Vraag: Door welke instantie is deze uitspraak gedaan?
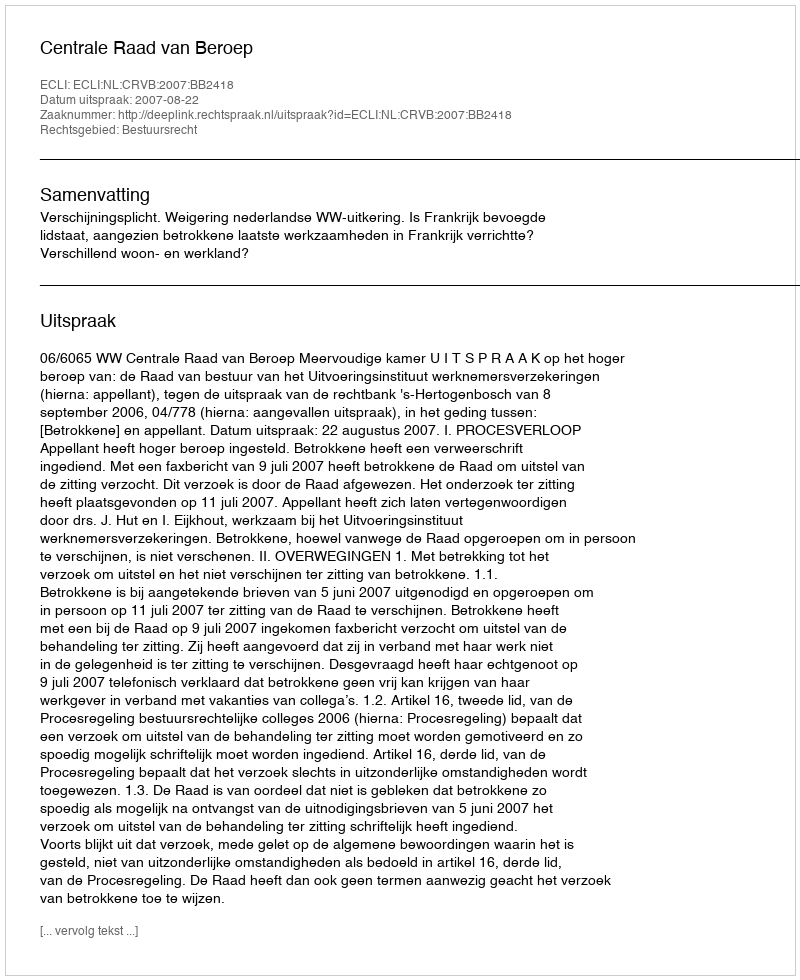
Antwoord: Centrale Raad van Beroep